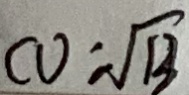
C O = \sqrt { 1 3 }